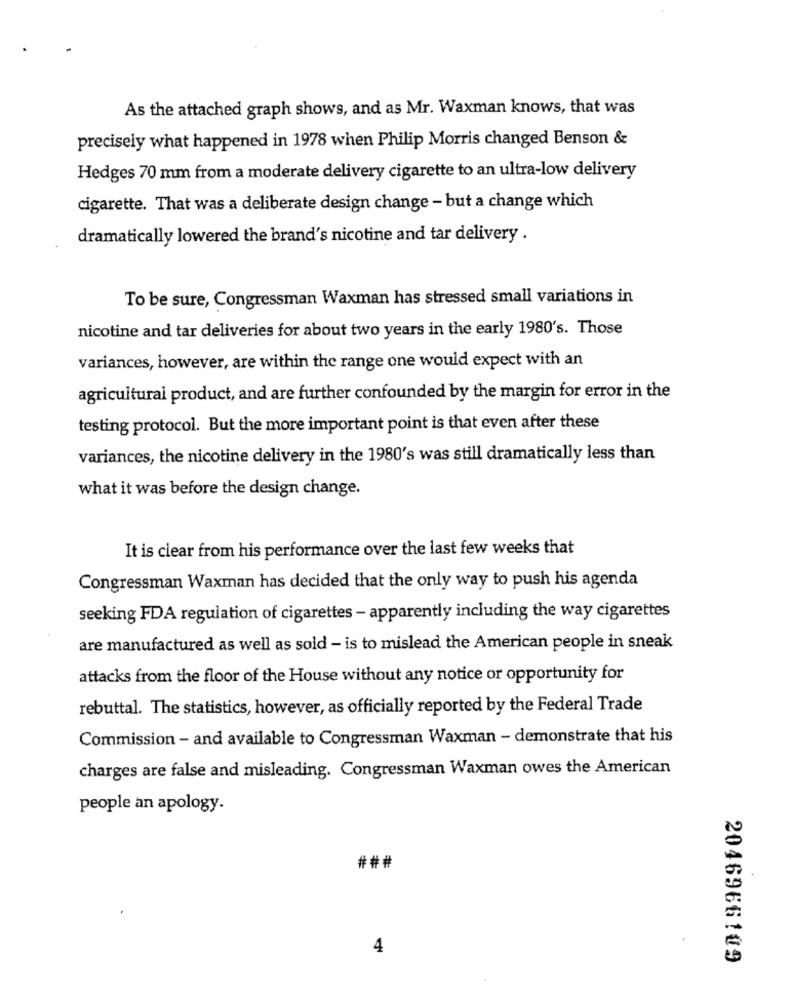
As the attached graph shows, and as Mr. Waxman knows, that was
precisely what happened in 1978 when Philip Morris changed Benson &
Hedges 70 mm from a moderate delivery cigarette to an ultra-low delivery
cigarette. That was a deliberate design change - but a change which
dramatically lowered the brand's nicotine and tar delivery .
To be sure, Congressman Waxman has stressed small variations in
nicotine and tar deliveries for about two years in the early 1980's. Those
variances, however, are within the range one would expect with an
agricultural product, and are further confounded by the margin for error in the
testing protocol. But the more important point is that even after these
variances, the nicotine delivery in the 1980's was still dramatically less than
what it was before the design change.
It is clear from his performance over the last few weeks that
Congressman Waxman has decided that the only way to push his agenda
seeking FDA regulation of cigarettes - apparently including the way cigarettes
are manufactured as well as sold - is to mislead the American people in sneak
attacks from the floor of the House without any notice or opportunity for
rebuttal. The statistics, however, as officially reported by the Federal Trade
Commission - and available to Congressman Waxman - demonstrate that his
charges are false and misleading. Congressman Waxman owes the American
people an apology.
###
4
2046966109